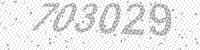
Solution: 703029